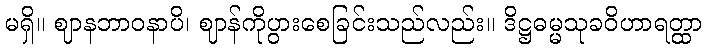
မရှိ။ ဈာနဘာဝနာပိ၊ ဈာန်ကိုပွားစေခြင်းသည်လည်း။ ဒိဋ္ဌဓမ္မသုခဝိဟာရတ္ထာ